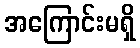
အကြောင်းမရှိ